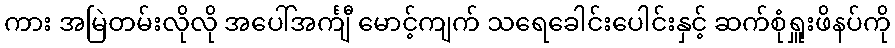
ကား အမြဲတမ်းလိုလို အပေါ်အင်္ကျီ မောင့်ကျက် သရေခေါင်းပေါင်းနှင့် ဆက်စုံရှူးဖိနပ်ကို